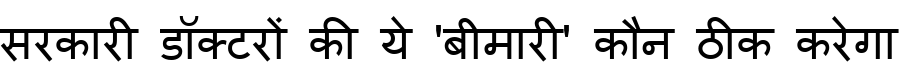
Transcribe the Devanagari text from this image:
सरकारी डॉक्टरों की ये 'बीमारी' कौन ठीक करेगा